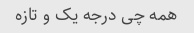
همه چی درجه یک و تازه